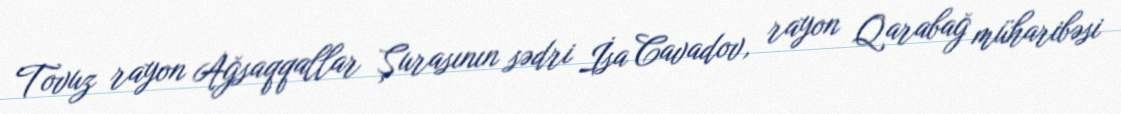
Tovuz rayon Ağsaqqallar Şurasının sədri İsa Cavadov, rayon Qarabağ müharibəsi